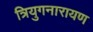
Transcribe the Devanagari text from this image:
त्रियुगनारायण